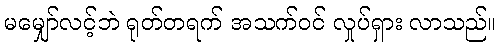
မမျှော်လင့်ဘဲ ရုတ်တရက် အသက်ဝင် လှုပ်ရှား လာသည်။